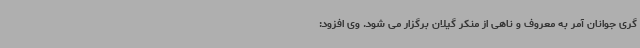
گری جوانان آمر به معروف و ناهی از منکر گیلان برگزار می شود. وی افزود: